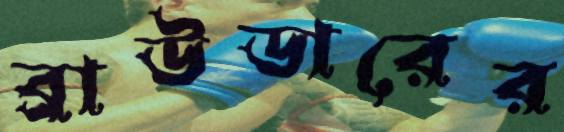
ব্রাউডারের